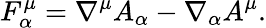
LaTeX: F_{\alpha}^{\mu}=\nabla^{\mu}A_{\alpha}-\nabla_{\alpha}A^{\mu}.